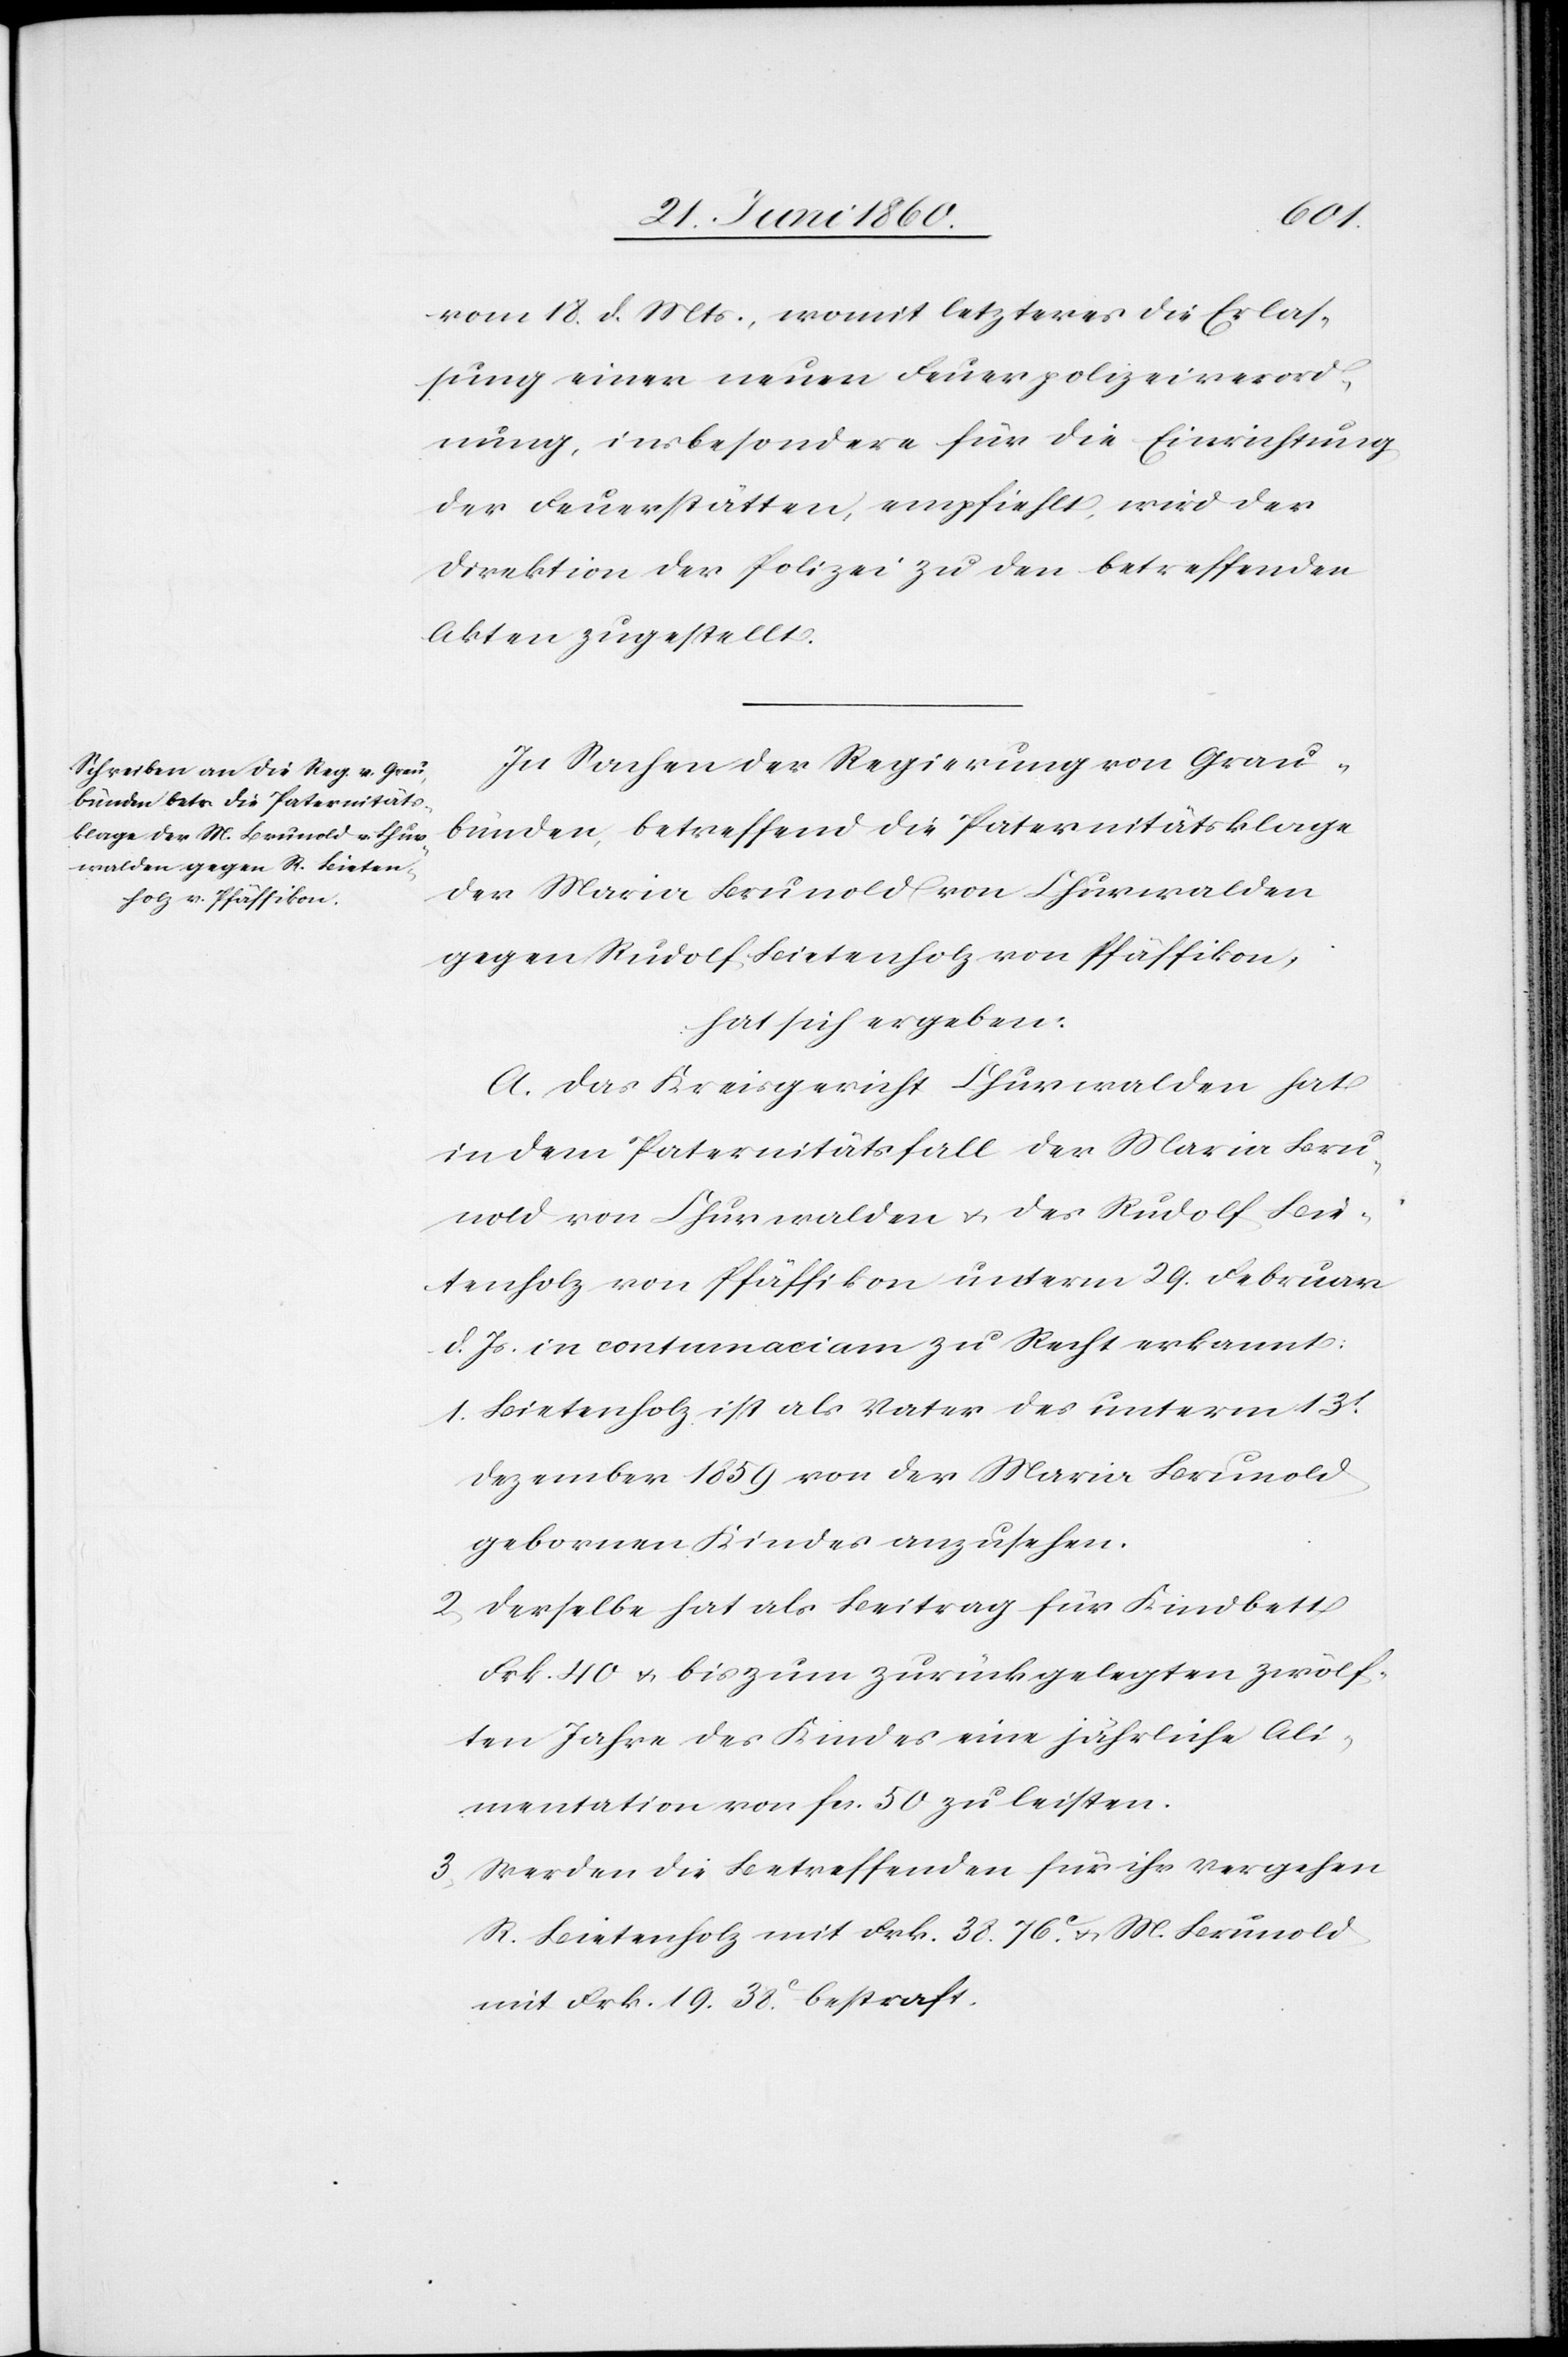
vom 18. d. Mts., womit letzteres die Erlas¬
sung einer neuen Feuerpolizeiverord¬
nung, insbesondere für die Einrichtung
der Feuerstätten, empfiehlt, wird der
Direktion der Polizei zu den betreffenden
Akten zugestellt.
In Sachen der Regierung von Grau¬
bünden, betreffend die Paternitätsklage
der Maria Brunold von Churwalden
gegen Rudolf Bietenholz von Pfäffikon,
hat sich ergeben:
A. Das Kreisgericht Churwalden hat
in dem Paternitätsfall der Maria Bru¬
nold von Churwalden u. des Rudolf Bie¬
tenholz von Pfäffikon unterm 29. Februar
d. Js. in contumaciam zu Recht erkannt:
1. Bietenholz ist als Vater des unterm 13t
Dezember 1859 von der Maria Brunold
gebornen Kindes anzusehen.
2. Derselbe hat als Beitrag für Kindbett
Frk. 40 u. bis zum zurückgelegten zwölf¬
ten Jahre des Kindes eine jährliche Ali¬
mentation von fcs. 50 zu leisten.
3. Werden die Betreffenden für ihr Vergehen
R. Bietenholz mit Frk. 38 76C u. M. Brunold
mit Frk. 19 38C bestraft.